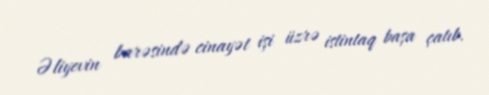
Əliyevin barəsində cinayət işi üzrə istintaq başa çatıb.